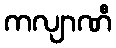
ကလျာဏီ